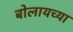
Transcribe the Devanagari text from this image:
बोलायच्या